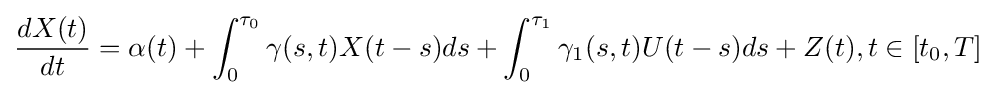
{\frac {dX(t)}{dt}}=\alpha (t)+\int _{0}^{\tau _{0}}\gamma (s,t)X(t-s)ds+\int _{0}^{\tau _{1}}\gamma _{1}(s,t)U(t-s)ds+Z(t),t\in [t_{0},T]